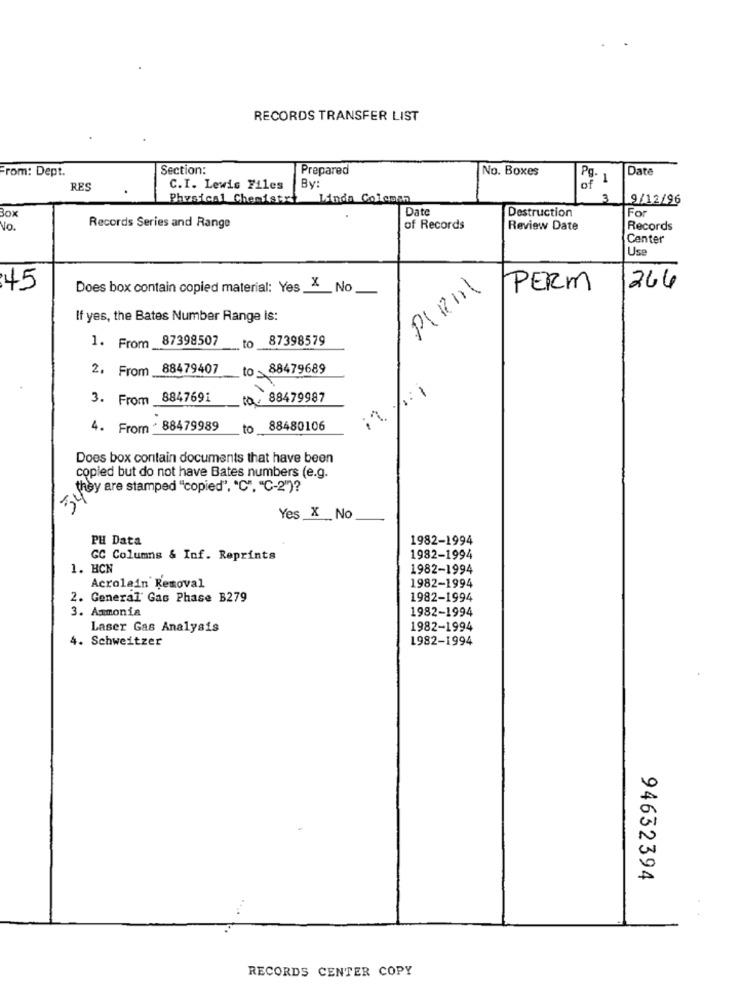
RECORDS TRANSFER LIST
From: Dept.
Section:
Prepared
No. Boxes
Date
Pg. 1
RES
C.I. Lewis Files
By:
of
Physical Chemistry
Linda Coleman
3
9/12/96
Date
Destruction
For
Box
No .
Records Series and Range
of Records
Review Date
Records
Center
Use
45
Does box contain copied material: Yes & No
PERM
266
If yes, the Bates Number Range is:
1. From 87398507
_to 87398579
2. From
88479407
to : 88479689
3. From 8847691
to: 88479987
4. From . 88479989
to
88480106
Does box contain documents that have been
copied but do not have Bates numbers (e.g.
( Ley are stamped "copied", "C", "C-2")?"
Yes X No
PH Data
1982-1994
GC Columns & Inf. Reprints
1982-1994
1. BCN
1982-1994
Acrolain Removal
1982-1994
2. General Gas Phase B279
1982-1994
3. Ammonia
1982-1994
Laser Gas Analysis
1982-1994
4. Schweitzer
1982-1994
94632394
RECORDS CENTER COPY